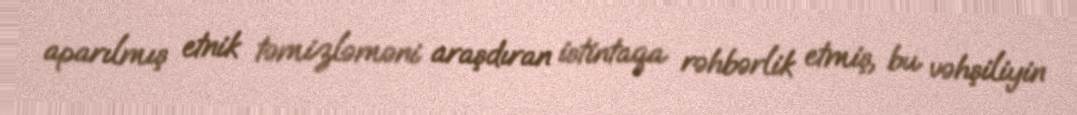
aparılmış etnik təmizləməni araşdıran istintaqa rəhbərlik etmiş, bu vəhşiliyin